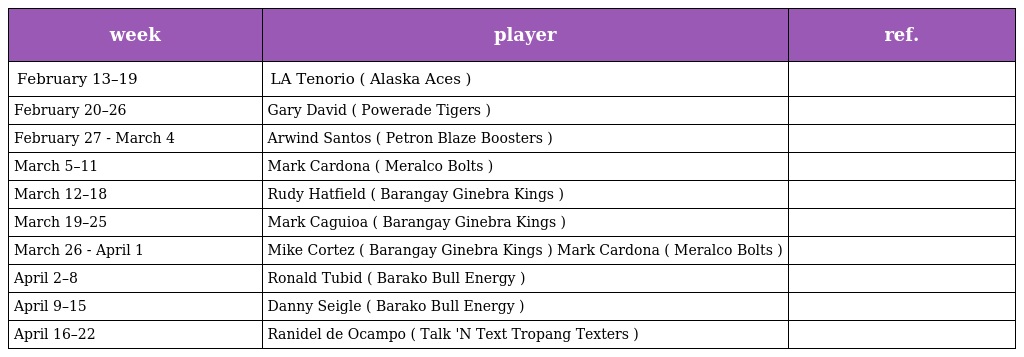
| week | player | ref. |
 | --- | --- | --- |
 | February 13–19 | LA Tenorio ( Alaska Aces ) |  |
 | February 20–26 | Gary David ( Powerade Tigers ) |  |
 | February 27 - March 4 | Arwind Santos ( Petron Blaze Boosters ) |  |
 | March 5–11 | Mark Cardona ( Meralco Bolts ) |  |
 | March 12–18 | Rudy Hatfield ( Barangay Ginebra Kings ) |  |
 | March 19–25 | Mark Caguioa ( Barangay Ginebra Kings ) |  |
 | March 26 - April 1 | Mike Cortez ( Barangay Ginebra Kings ) Mark Cardona ( Meralco Bolts ) |  |
 | April 2–8 | Ronald Tubid ( Barako Bull Energy ) |  |
 | April 9–15 | Danny Seigle ( Barako Bull Energy ) |  |
 | April 16–22 | Ranidel de Ocampo ( Talk 'N Text Tropang Texters ) |  |